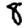
Digit: 8